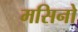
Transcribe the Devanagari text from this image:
मसिनो